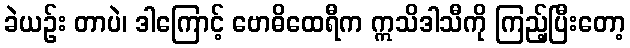
ခဲယဉ်း တာပဲ၊ ဒါကြောင့် ဗောဓိထေရီက ဣသိဒါသီကို ကြည့်ပြီးတော့